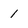
Character: 1